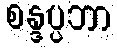
စန္ဒပ္ပဘာ